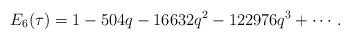
LaTeX: \begin{align*}E_6(\tau)=1-504q-16632q^2-122976q^3+\cdots.\end{align*}